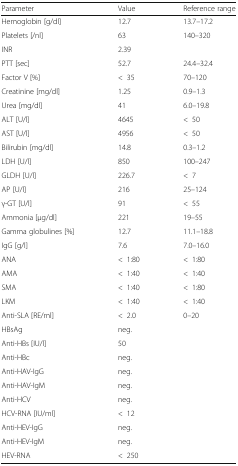
<table><thead><tr><td><b>Parameter</b></td><td><b>Value</b></td><td><b>Reference range</b></td></tr></thead><tbody><tr><td>Hemoglobin [g/dl]</td><td>12.7</td><td>13.7–17.2</td></tr><tr><td>Platelets [/nl]</td><td>63</td><td>140–320</td></tr><tr><td>INR</td><td>2.39</td><td></td></tr><tr><td>PTT [sec]</td><td>52.7</td><td>24.4–32.4</td></tr><tr><td>Factor V [%]</td><td>&lt;35</td><td>70–120</td></tr><tr><td>Creatinine [mg/dl]</td><td>1.25</td><td>0.9–1.3</td></tr><tr><td>Urea [mg/dl]</td><td>41</td><td>6.0–19.8</td></tr><tr><td>ALT [U/l]</td><td>4645</td><td>&lt;50</td></tr><tr><td>AST [U/l]</td><td>4956</td><td>&lt;50</td></tr><tr><td>Bilirubin [mg/dl]</td><td>14.8</td><td>0.3–1.2</td></tr><tr><td>LDH [U/l]</td><td>850</td><td>100–247</td></tr><tr><td>GLDH [U/l]</td><td>226.7</td><td>&lt;7</td></tr><tr><td>AP [U/l]</td><td>216</td><td>25–124</td></tr><tr><td>γ-GT [U/l]</td><td>91</td><td>&lt;55</td></tr><tr><td>Ammonia [μg/dl]</td><td>221</td><td>19–55</td></tr><tr><td>Gamma globulines [%]</td><td>12.7</td><td>11.1–18.8</td></tr><tr><td>IgG [g/l]</td><td>7.6</td><td>7.0–16.0</td></tr><tr><td>ANA</td><td>&lt;1:80</td><td>&lt;1:80</td></tr><tr><td>AMA</td><td>&lt;1:40</td><td>&lt;1:40</td></tr><tr><td>SMA</td><td>&lt;1:40</td><td>&lt;1:80</td></tr><tr><td>LKM</td><td>&lt;1:40</td><td>&lt;1:40</td></tr><tr><td>Anti-SLA [RE/ml]</td><td>&lt;2.0</td><td>0–20</td></tr><tr><td>HBsAg</td><td>neg.</td><td></td></tr><tr><td>Anti-HBs [IU/l]</td><td>50</td><td></td></tr><tr><td>Anti-HBc</td><td>neg.</td><td></td></tr><tr><td>Anti-HAV-IgG</td><td>neg.</td><td></td></tr><tr><td>Anti-HAV-IgM</td><td>neg.</td><td></td></tr><tr><td>Anti-HCV</td><td>neg.</td><td></td></tr><tr><td>HCV-RNA [IU/ml]</td><td>&lt;12</td><td></td></tr><tr><td>Anti-HEV-IgG</td><td>neg.</td><td></td></tr><tr><td>Anti-HEV-IgM</td><td>neg.</td><td></td></tr><tr><td>HEV-RNA</td><td>&lt;250</td><td></td></tr></tbody></table>